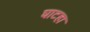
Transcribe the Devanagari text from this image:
घाटहा